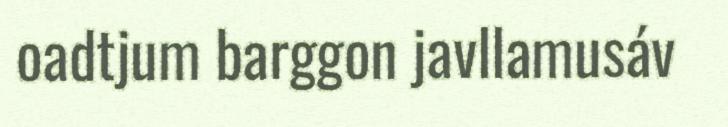
oadtjum barggon javllamusáv